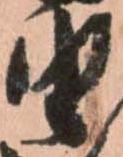
由